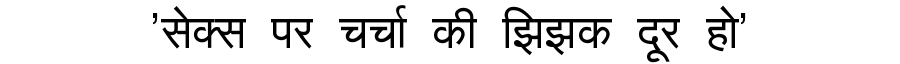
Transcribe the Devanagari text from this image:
'सेक्स पर चर्चा की झिझक दूर हो'